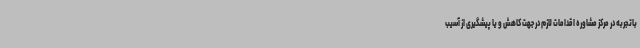
باتجربه در مرکز مشاوره اقدامات لازم در جهت کاهش و یا پیشگیری از آسیب